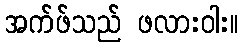
အက်ဖ်သည် ဖလားဝါး။